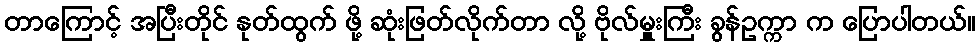
တာကြောင့် အပြီးတိုင် နုတ်ထွက် ဖို့ ဆုံးဖြတ်လိုက်တာ လို့ ဗိုလ်မှူးကြီး ခွန်ဥက္ကာ က ပြောပါတယ်။